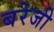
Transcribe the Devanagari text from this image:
बरेजी